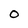
Character: 0